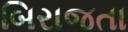
બિરાજતા